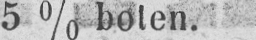
5% boten.